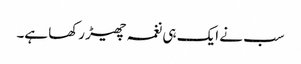
سب نے ایک ہی نغمہ چھیڑ رکھا ہے۔